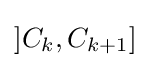
]C_{k},C_{k+1}]